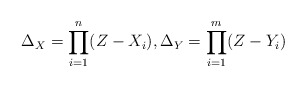
\begin{align*}\Delta_X = \prod_{i=1}^n (Z- X_i), \Delta_Y = \prod_{i=1}^m(Z- Y_i)\end{align*}